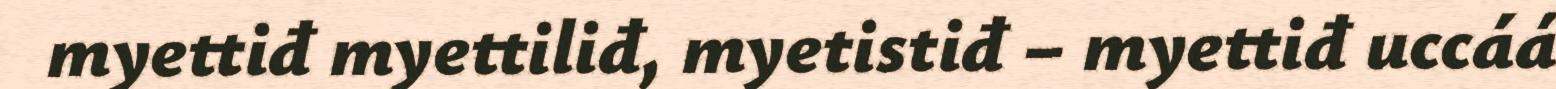
myettiđ myettiliđ, myetistiđ – myettiđ uccáá